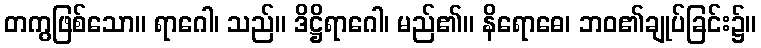
တကွဖြစ်သော။ ရာဂေါ၊ သည်။ ဒိဋ္ဌိရာဂေါ၊ မည်၏။ နိရောဓေ၊ ဘဝ၏ချုပ်ခြင်း၌။